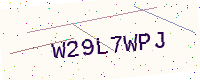
Text: W29L7WPJ